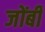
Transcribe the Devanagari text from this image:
जोंबी